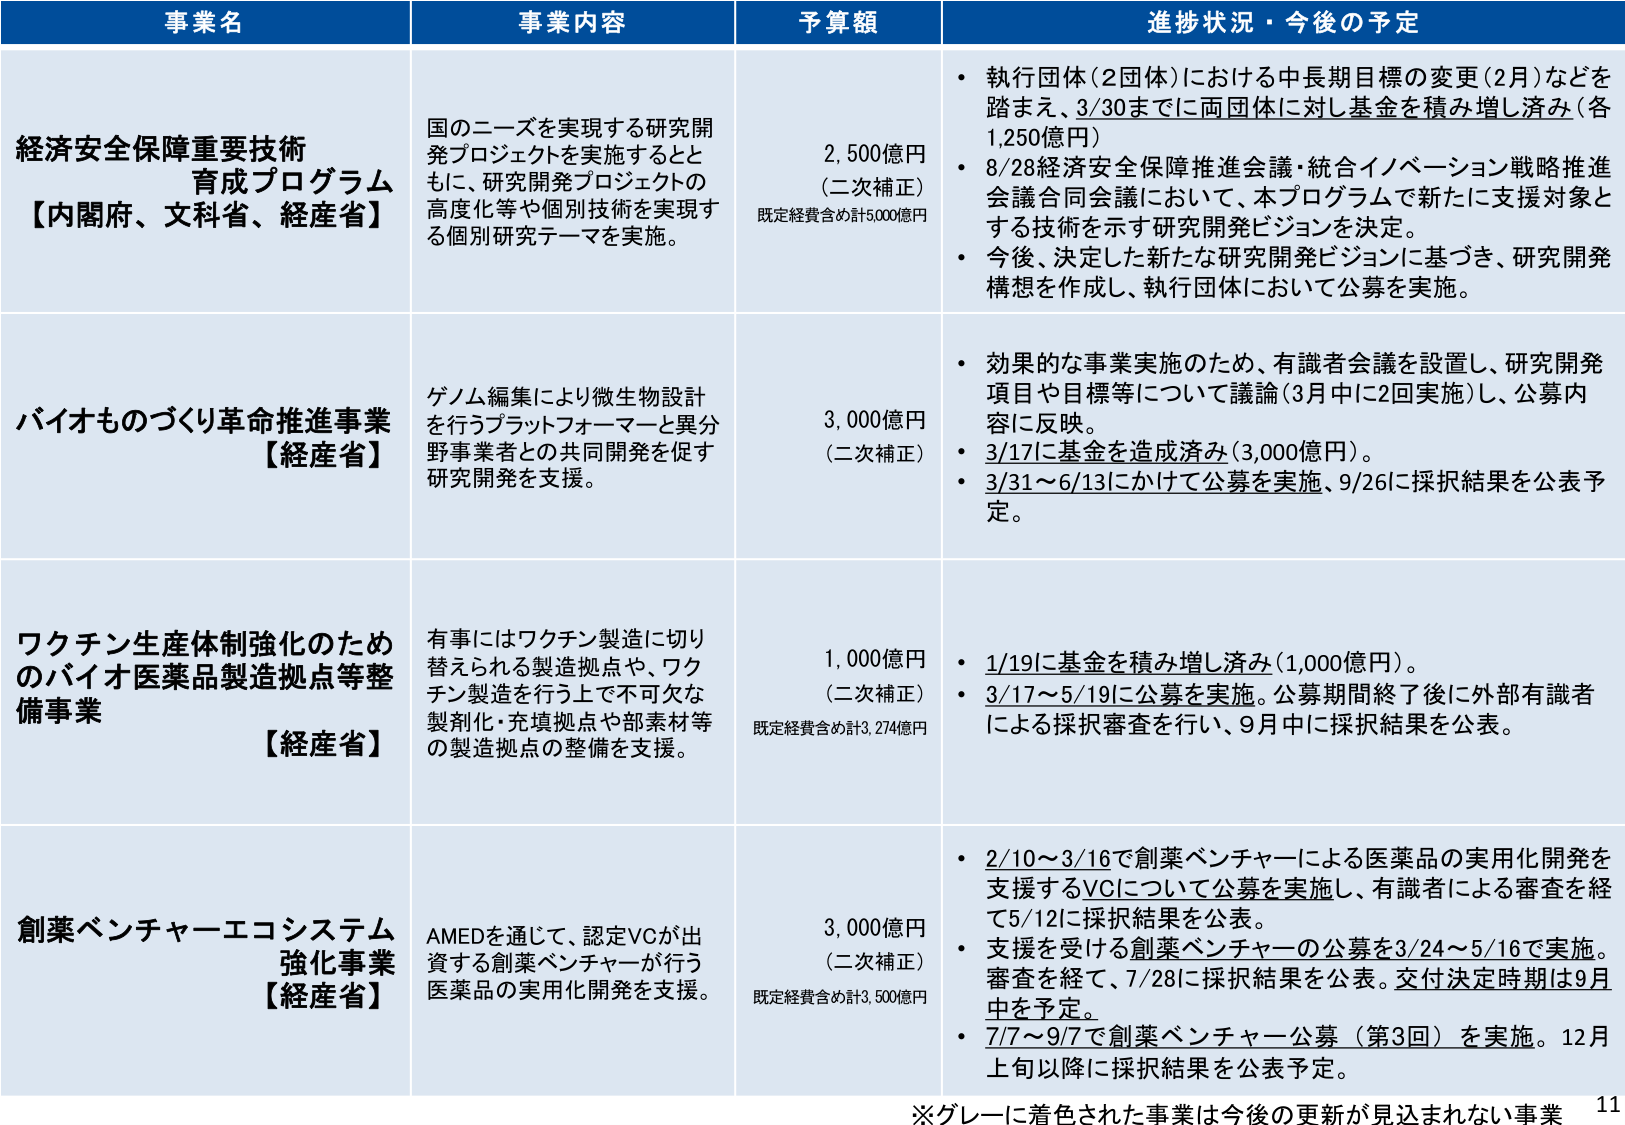
事業名 事業内容 予算額 進捗状況・今後の予定
経済安全保障重要技術育成プログラム【内閣府、文科省、経産省】 国のニーズを実現する研究開発プロジェクトを実施するとともに、研究開発プロジェクトの高度化等や個別技術を実現する個別研究テーマを実施。 2,500億円（二次補正）既定経費含め計5,000億円 ・執行団体（2団体）における中長期目標の変更（2月）などを踏まえ、3/30までに両団体に対し基金を積み増し済み（各1,250億円）・8/28経済安全保障推進会議・統合イノベーション戦略推進会議合同会議において、本プログラムで新たに支援対象とする技術を示す研究開発ビジョンを決定。・今後、決定した新たな研究開発ビジョンに基づき、研究開発構想を作成し、執行団体において公募を実施。
バイオものづくり革命推進事業【経産省】 ゲノム編集により微生物設計を行うプラットフォーマーと異分野事業者との共同開発を促す研究開発を支援。 3,000億円（二次補正） ・効果的な事業実施のため、有識者会議を設置し、研究開発項目や目標等について議論（3月中に2回実施）し、公募内容に反映。・3/17に基金を造成済み（3,000億円）。・3/31～6/13にかけて公募を実施、9/26に採択結果を公表予定。
ワクチン生産体制強化のためのバイオ医薬品製造拠点等整備事業【経産省】 有事にはワクチン製造に切り替えられる製造拠点や、ワクチン製造を行う上で不可欠な製剤化・充填拠点や部素材等の製造拠点の整備を支援。 1,000億円（二次補正）既定経費含め計3,274億円 ・1/19に基金を積み増し済み（1,000億円）。・3/17～5/19に公募を実施。公募期間終了後に外部有識者による採択審査を行い、9月中に採択結果を公表。
創薬ベンチャー・エコシステム強化事業【経産省】 AMEDを通じて、認定VCが出資する創薬ベンチャーが行う医薬品の実用化開発を支援。 3,000億円（二次補正）既定経費含め計3,500億円 ・2/10～3/16で創薬ベンチャーによる医薬品の実用化開発を支援するVCについて公募を実施し、有識者による審査を経て5/12に採択結果を公表。・支援を受ける創薬ベンチャーの公募を3/24～5/16で実施。審査を経て、7/28に採択結果を公表。交付決定時期は9月中を予定。・7/7～9/7で創薬ベンチャー公募（第3回）を実施。12月上旬以降に採択結果を公表予定。
※グレーに着色された事業は今後の更新が見込まれない事業 11